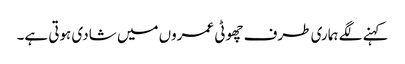
کہنے لگے ہماری طرف چھوٹی عمروں میں شادی ہوتی ہے۔